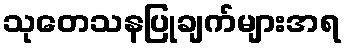
သုတေသနပြုချက်များအရ